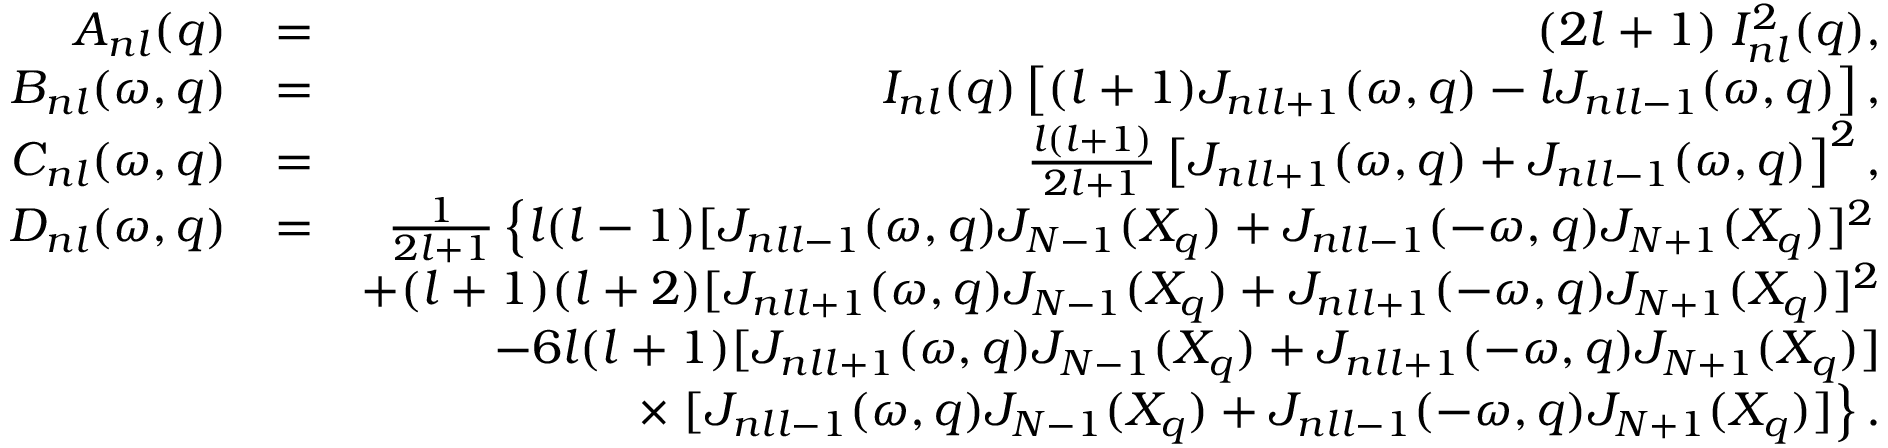
\begin{array} { r l r } { { \cal A } _ { n l } ( q ) } & { = } & { ( 2 l + 1 ) \; { \cal I } _ { n l } ^ { 2 } ( q ) , } \\ { { \cal B } _ { n l } ( \omega , q ) } & { = } & { { \cal I } _ { n l } ( q ) \left[ ( l + 1 ) { \cal J } _ { n l l + 1 } ( \omega , q ) - l { \cal J } _ { n l l - 1 } ( \omega , q ) \right] , } \\ { { \cal C } _ { n l } ( \omega , q ) } & { = } & { \frac { l ( l + 1 ) } { 2 l + 1 } \left[ { \cal J } _ { n l l + 1 } ( \omega , q ) + { \cal J } _ { n l l - 1 } ( \omega , q ) \right] ^ { 2 } , } \\ { { \cal D } _ { n l } ( \omega , q ) } & { = } & { \frac { 1 } { 2 l + 1 } \left\{ { l ( l - 1 ) } [ { \cal J } _ { n l l - 1 } ( \omega , q ) J _ { N - 1 } ( X _ { q } ) + { \cal J } _ { n l l - 1 } ( - \omega , q ) J _ { N + 1 } ( X _ { q } ) ] ^ { 2 } \right. } \\ & { } & { + ( l + 1 ) ( l + 2 ) [ { \cal J } _ { n l l + 1 } ( \omega , q ) J _ { N - 1 } ( X _ { q } ) + { \cal J } _ { n l l + 1 } ( - \omega , q ) J _ { N + 1 } ( X _ { q } ) ] ^ { 2 } } \\ & { } & { - { 6 l ( l + 1 ) } [ { \cal J } _ { n l l + 1 } ( \omega , q ) J _ { N - 1 } ( X _ { q } ) + { \cal J } _ { n l l + 1 } ( - \omega , q ) J _ { N + 1 } ( X _ { q } ) ] } \\ & { } & { \times \left. [ { \cal J } _ { n l l - 1 } ( \omega , q ) J _ { N - 1 } ( X _ { q } ) + { \cal J } _ { n l l - 1 } ( - \omega , q ) J _ { N + 1 } ( X _ { q } ) ] \right\} . } \end{array}